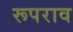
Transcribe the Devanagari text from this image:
रूपराव